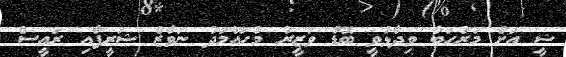
ޝީ އަށް މަރުހަބާ ވިދާޅުވީ ބޮޑު ވަޒީރު މުހައްމަދު ނަވާޒް ޝަރީފާއި ރައީސް